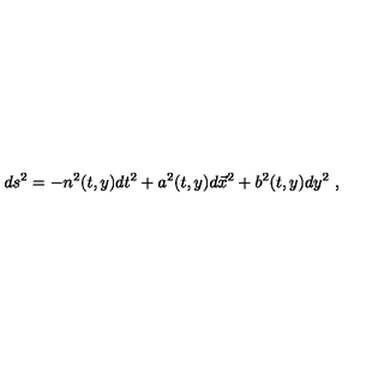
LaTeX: d s ^ { 2 } = - n ^ { 2 } ( t , y ) d t ^ { 2 } + a ^ { 2 } ( t , y ) d { \vec { x } } ^ { 2 } + b ^ { 2 } ( t , y ) d y ^ { 2 } \ ,